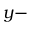
y -